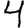
Digit: 4